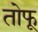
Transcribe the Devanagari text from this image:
तोफू